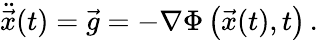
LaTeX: {\ddot{\vec{x}}}(t)={\vec{g}}=-\nabla\Phi\left({\vec{x}}(t),t\right)\, .